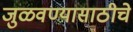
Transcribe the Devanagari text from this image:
जुळवण्यासाठीचे